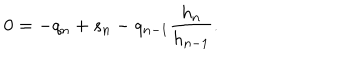
0 = - q _ { n } + s _ { n } - q _ { n - 1 } \frac { h _ { n } } { h _ { n - 1 } } .